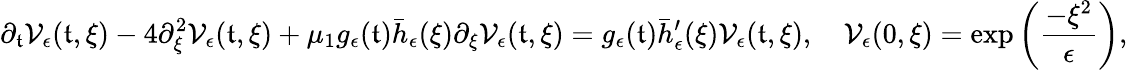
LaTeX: \partial_{\mathfrak{t}}\mathcal{{V}}_{\epsilon}(\mathfrak{t},\xi)-4\partial_{\xi}^{2}\mathcal{{V}}_{\epsilon}(\mathfrak{t},\xi)+\mu_{1}g_{\epsilon}(\mathfrak{t})\bar{{h}}_{\epsilon}(\xi)\partial_{\xi}\mathcal{{V}}_{\epsilon}(\mathfrak{t},\xi)=g_{\epsilon}(\mathfrak{t})\bar{{h}}_{\epsilon}^{\prime}(\xi)\mathcal{{V}}_{\epsilon}(\mathfrak{t},\xi),\quad\mathcal{{V}}_{\epsilon}(0,\xi)=\exp\left(\frac{{-\xi^{2}}}{{\epsilon}}\right),